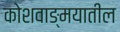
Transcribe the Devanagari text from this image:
कोशवाङ्मयातील